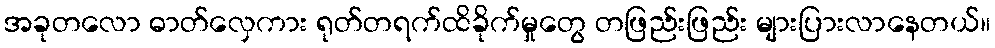
အခုတလော ဓာတ်လှေကား ရုတ်တရက်ထိခိုက်မှုတွေ တဖြည်းဖြည်း များပြားလာနေတယ်။